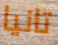
تانيا